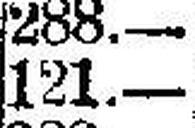
121.—